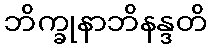
ဘိက္ခုနာဘိနန္ဒတိ